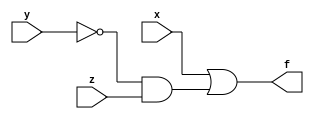
`timescale 1ns / 1ps
//////////////////////////////////////////////////////////////////////////////////
// Company: 
// Engineer: 
// 
// Design Name: 
// Module Name:    Function 
// Project Name: 
// Target Devices: 
// Tool versions: 
// Description: 
//
// Dependencies: 
//
// Revision: 
// Revision 0.01 - File Created
// Additional Comments: 
//
//////////////////////////////////////////////////////////////////////////////////
module Function(
input x,y,z,
output f

    );

wire w;
not(y1,y);
and(w,y1,z);
or(f,x,w);



endmodule